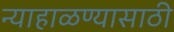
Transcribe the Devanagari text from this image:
न्याहाळण्यासाठी